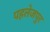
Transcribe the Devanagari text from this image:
पहलेजपुर